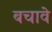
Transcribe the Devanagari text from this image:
बचावे